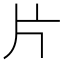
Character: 片